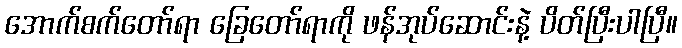
အောက်စက်တော်ရာ ခြေတော်ရာကို ဖန်အုပ်ဆောင်းနဲ့ ပိတ်ပြီးပါပြီ။